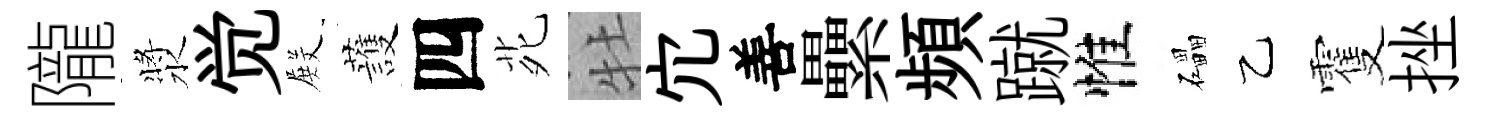
隴漿觉𭮺䕶四𫟍牡宂善纍頻蹴惟礧乙䨥挫